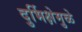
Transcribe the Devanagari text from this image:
दुर्भिक्षेमुळे